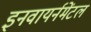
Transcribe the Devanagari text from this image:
इनवायर्नमेंटल